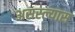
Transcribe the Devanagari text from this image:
असस्ल्यास